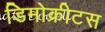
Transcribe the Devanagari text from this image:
डिमोक्रीटस